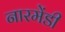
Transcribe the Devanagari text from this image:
नारमेंडी